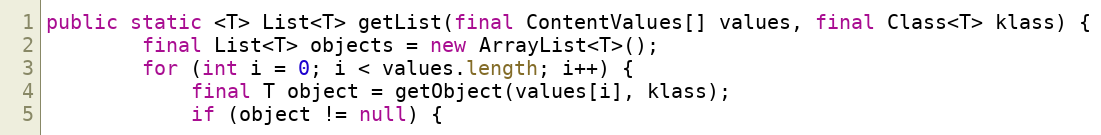
Language: Java
public static <T> List<T> getList(final ContentValues[] values, final Class<T> klass) {
        final List<T> objects = new ArrayList<T>();
        for (int i = 0; i < values.length; i++) {
            final T object = getObject(values[i], klass);
            if (object != null) {